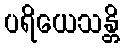
ပရိယေသန္တိ